Vaccination in Bombay 1889-1901 - 1889-1901
Year: 1889
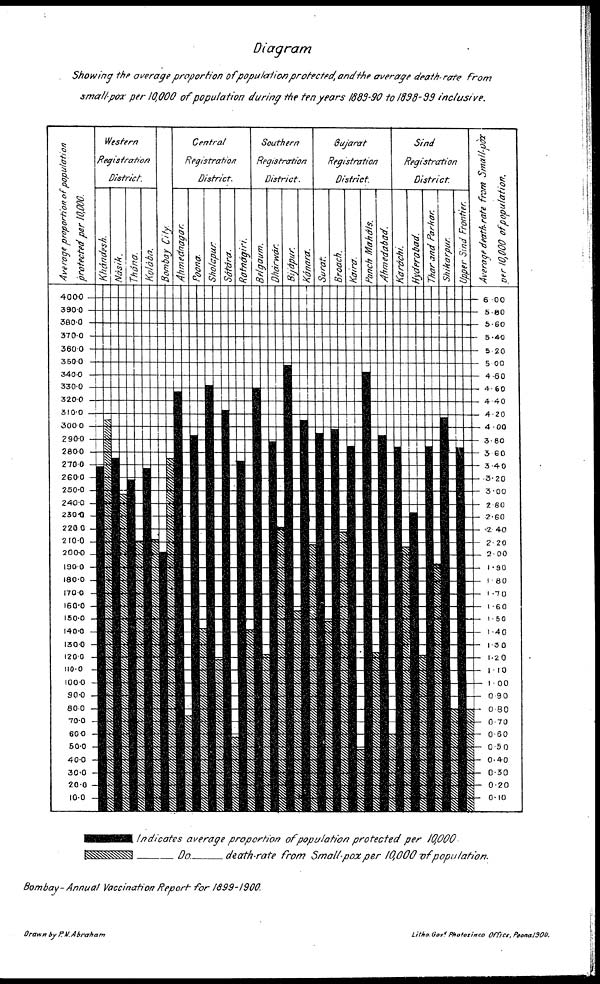
Diagram
Showing the average proportion of population protected, and the average death-rate
from
small-pox per 10,000 of population
during the ten years 1889-90 to 1898-99 inclusive.
Indicates
average proportion
of population
protected
per 10,000
Do.
death-rate
from Small-pox per 10,000 of
population.
Bombay-Annual
Vaccination Report for 1899-1900.
Drawn by P.N.
Abraham
Litho. Govt Photozinco
Office, Poona 1900.